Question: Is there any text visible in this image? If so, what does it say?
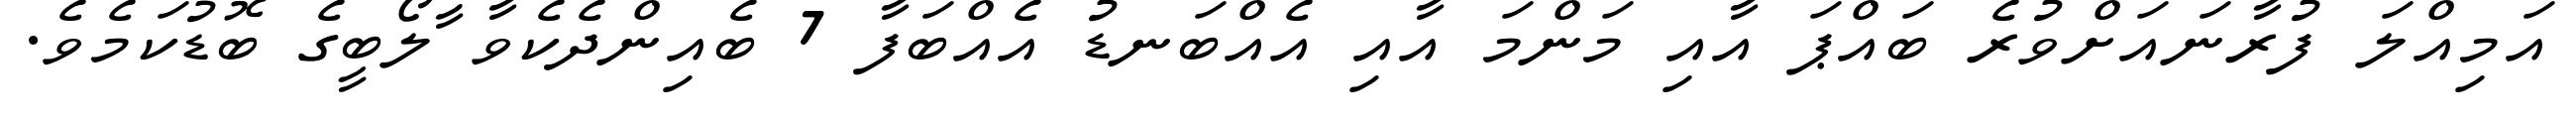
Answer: އަމިއްލަ ފުރާނައަށްވުރެ ބައްޕަ އާއި މަންމަ އާއި އެއްބަނޑު އެއްބަފާ 7 ބެއިންދެކެވާ ާލޯބީގެ ބޮޑުކަމެވެ.